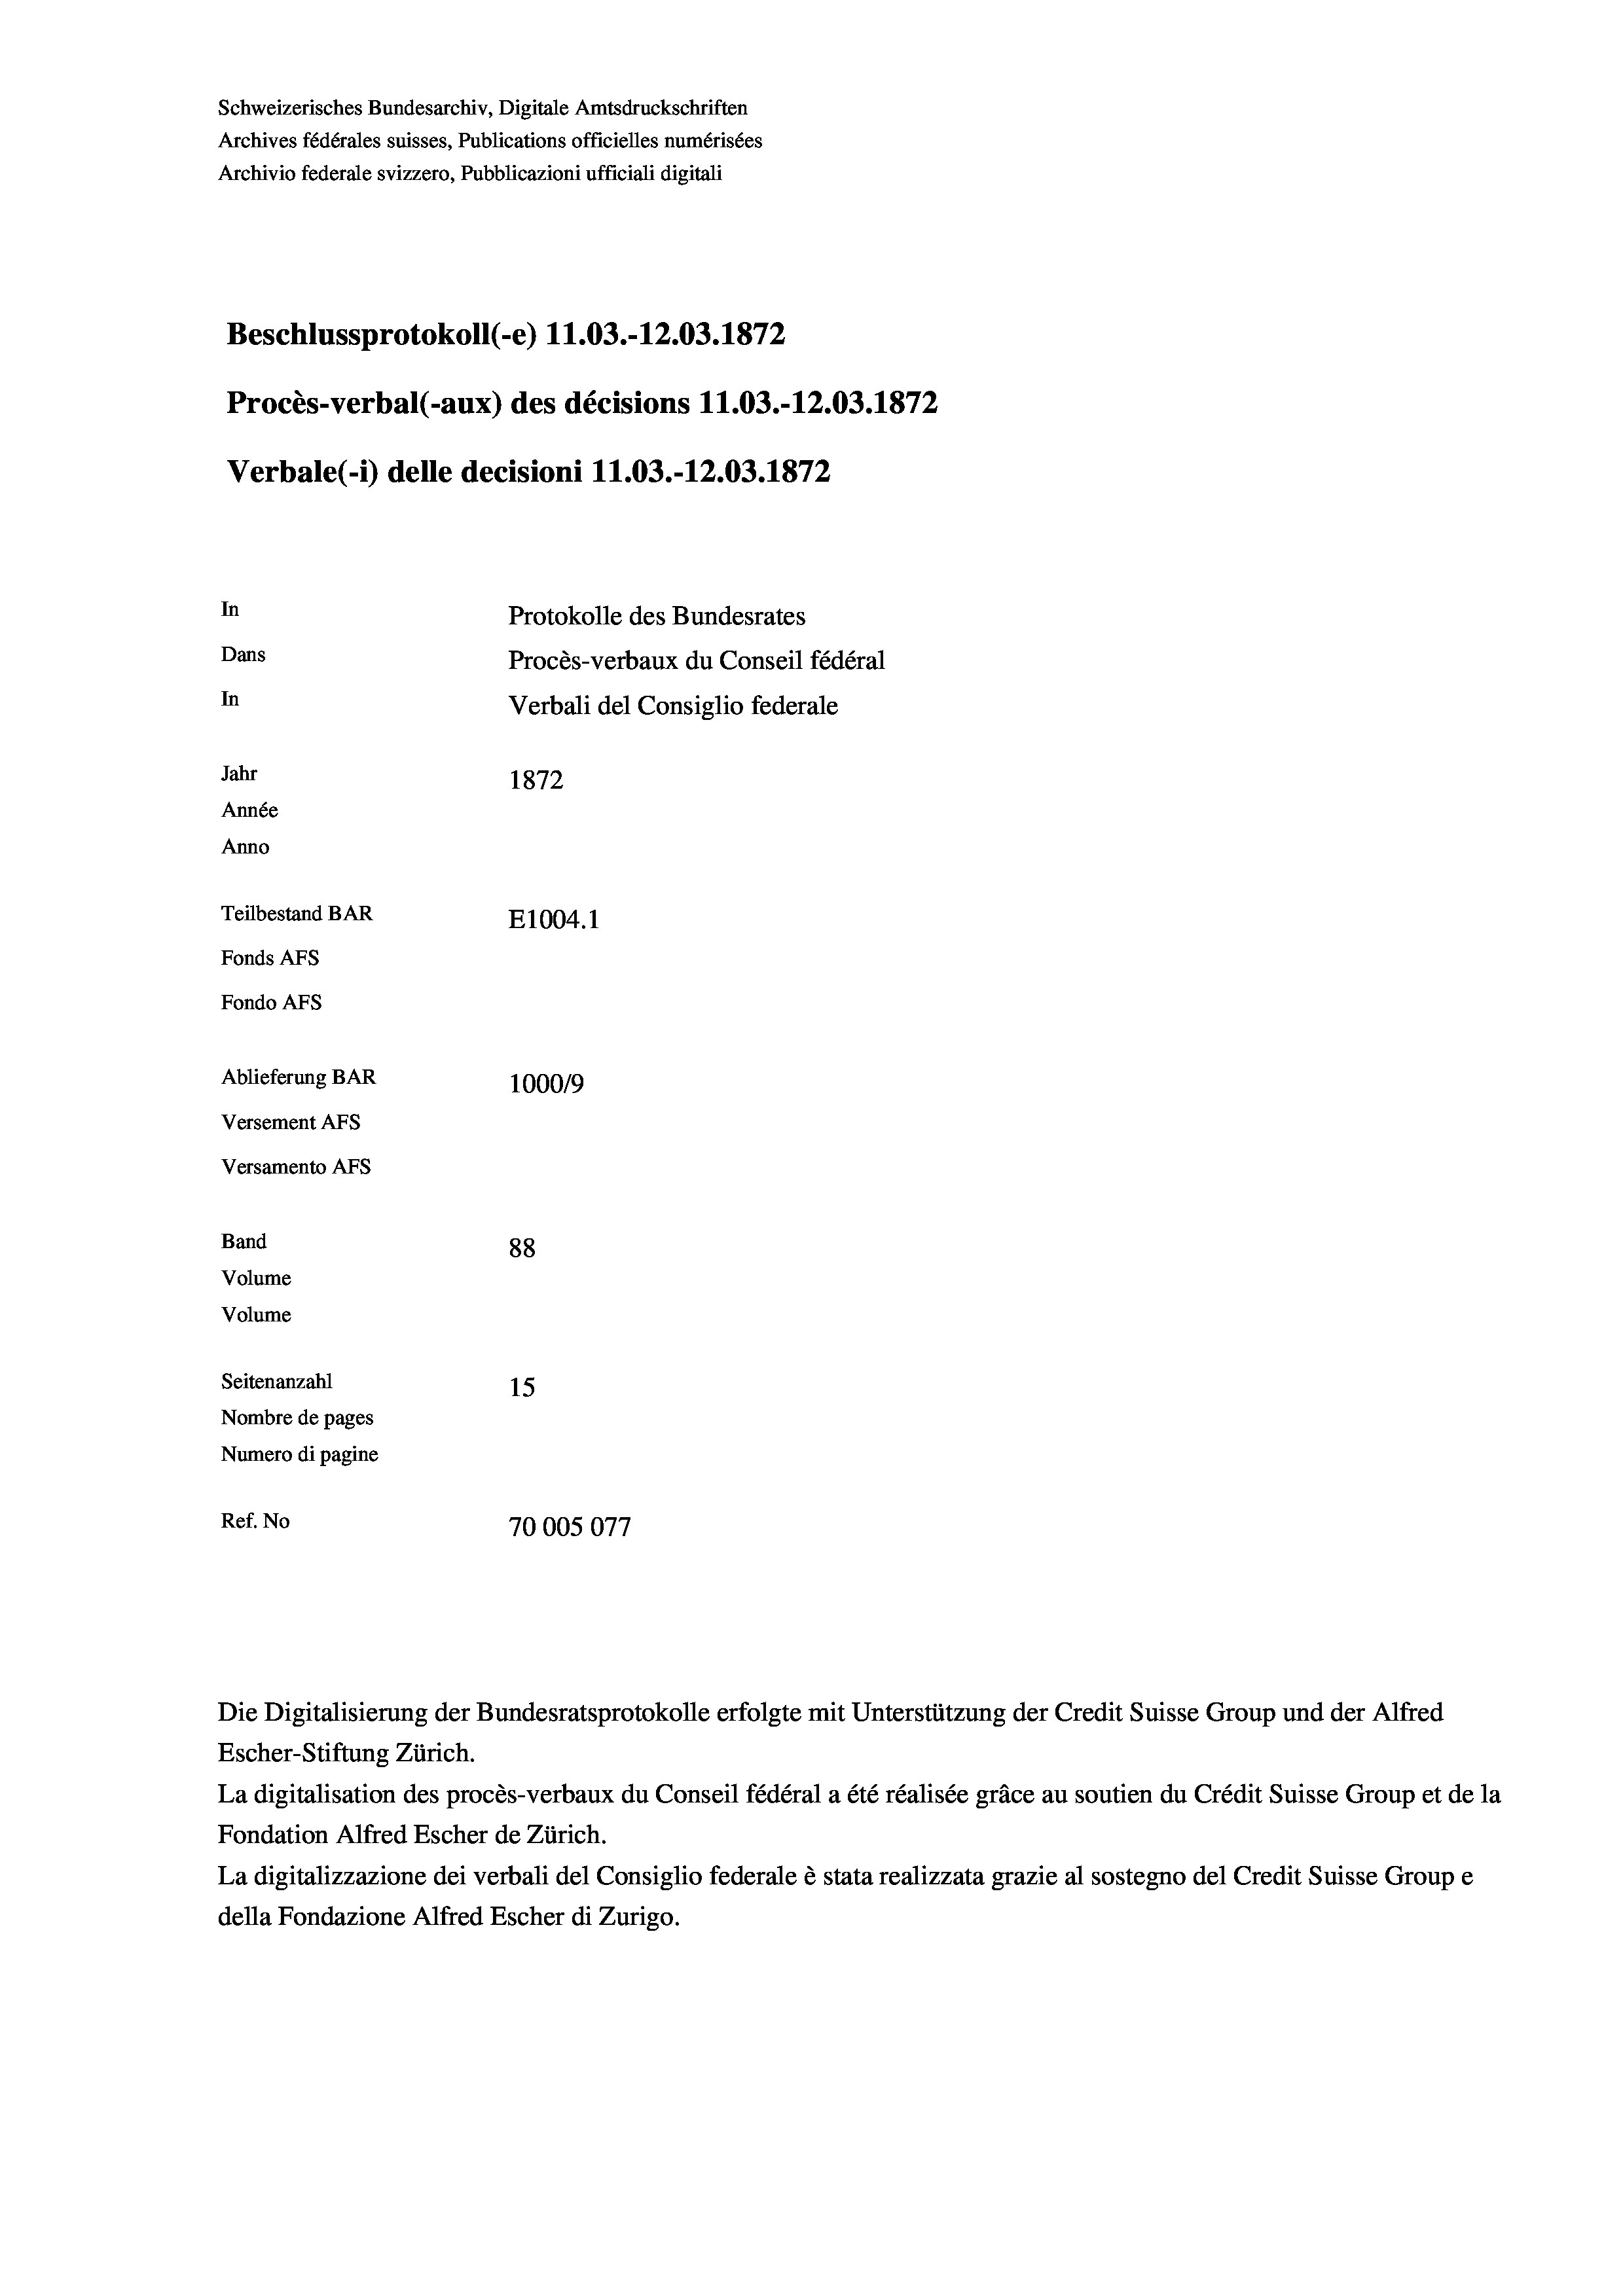
Schweizerisches Bundesarchiv, Digitale Amtsdruckschriften
Archives fédérales suisses, Publications officielles numérisées
Archivio federale svizzero, Pubblicazioni ufficiali digitali
Beschlussprotokoll (-e) 11.03.-12.03. 1872
Procès-verbal (-aux) des décisions 11.03.-12.03. 1872
Verbale (1) delle decisioni 11.03.-12.03. 1872
In
Protokolle des Bundesrates
Dans
Procès-verbaux du Conseil fédéral
In
Verbali del Consiglio federale
Jahr
1872
Année
Anno
Teilbestand BAR
E1004. 1
Fonds AFs
Fondo AFs
Ablieferung BAR
100019

Versement AFs
Versamento Afs
Band
Volume
Volume

88
Seitenanzahl
15
Nombre de pages
Numero di pagine
Ref. No
70005077

Die Digitalisierung der Bundesratsprotokolle erfolgte mit Unterstützung der Credit Suisse Group und der Alfred
Escher-Stiftung Zürich.
La digitalisation des procès-verbaux du Conseil fédéral a été réalisée gräce au soutien du Crédit Suisse Group et de la
Fondation Alfred Escher de Zürich.
La digitalizzazione dei verbali del Consiglio federale è stata realizzata grazie al sostegno del Credit Suisse Groupe
della Fondazione Alfred Escher di Zurigo.